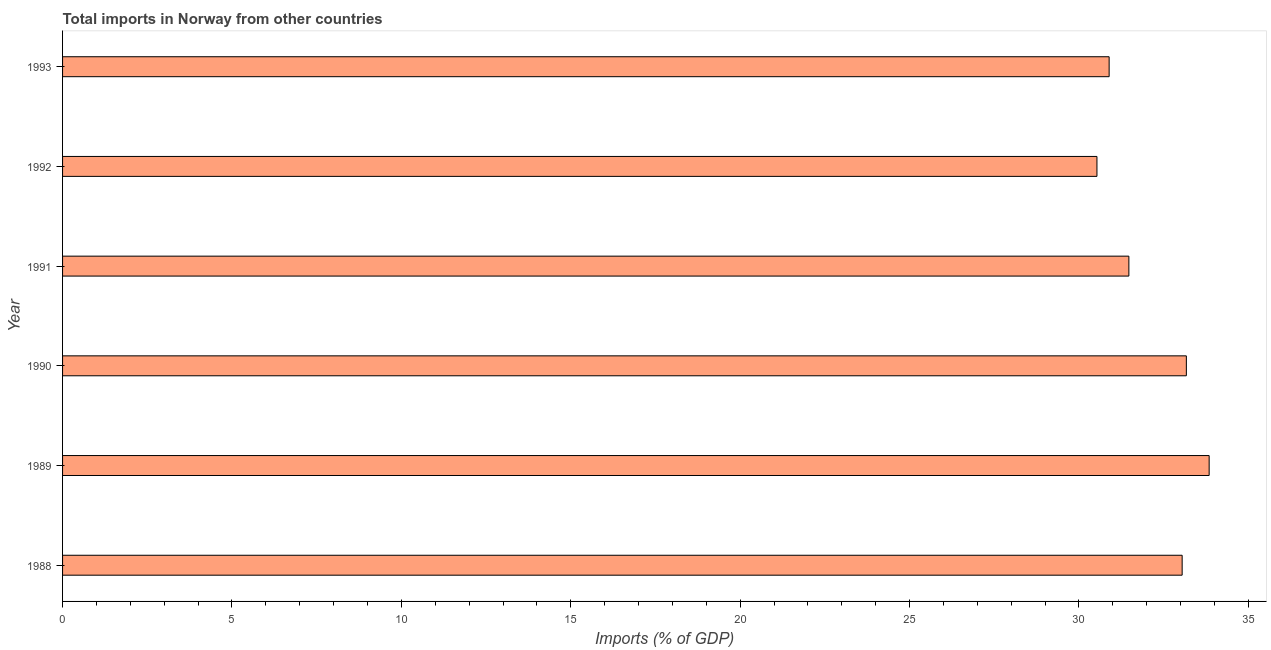
| Year | Imports |
 | --- | --- |
 | 1988 | 33 |
 | 1989 | 33.8 |
 | 1990 | 33.2 |
 | 1991 | 31.5 |
 | 1992 | 30.5 |
 | 1993 | 30.9 |